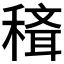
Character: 𥡒